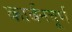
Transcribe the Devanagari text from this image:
कार्बनचूर्ण